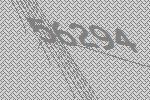
56294